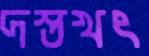
দস্তখৎ